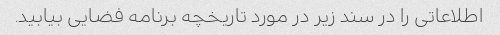
اطلاعاتی را در سند زیر در مورد تاریخچه برنامه فضایی بیابید.